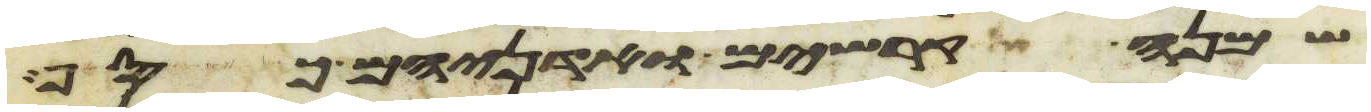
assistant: שמנה קרשים ואדניהם כסף